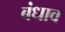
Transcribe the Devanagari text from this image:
बंधाव